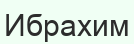
Ибрахим